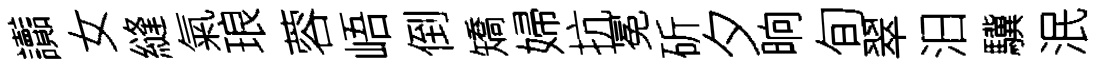
讟女縫氣琅蓉峿倒矯婦抗冕斫夕晌旬翠汨驥泯